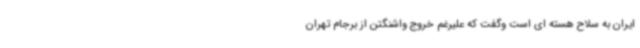
ایران به سلاح هسته ای است وگفت که علیرغم خروج واشنگتن از برجام تهران